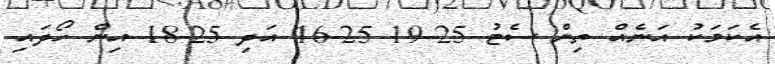
އެކަމަކު އަނެއް ތިން ސެޓު 25-19 25-16 އަދި 25-18 އިން ހޯދައި